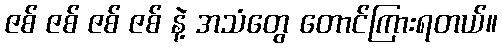
ဇစ် ဇစ် ဇစ် ဇစ် နဲ့ အသံတွေ တောင်ကြားရတယ်။